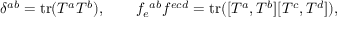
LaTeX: \delta ^ { a b } = \mathrm { t r } ( T ^ { a } T ^ { b } ) , \qquad f _ { e } ^ { \ a b } f ^ { e c d } = \mathrm { t r } ( [ T ^ { a } , T ^ { b } ] [ T ^ { c } , T ^ { d } ] ) ,